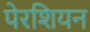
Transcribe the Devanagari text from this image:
पेरशियन